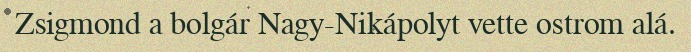
Zsigmond a bolgár Nagy-Nikápolyt vette ostrom alá.